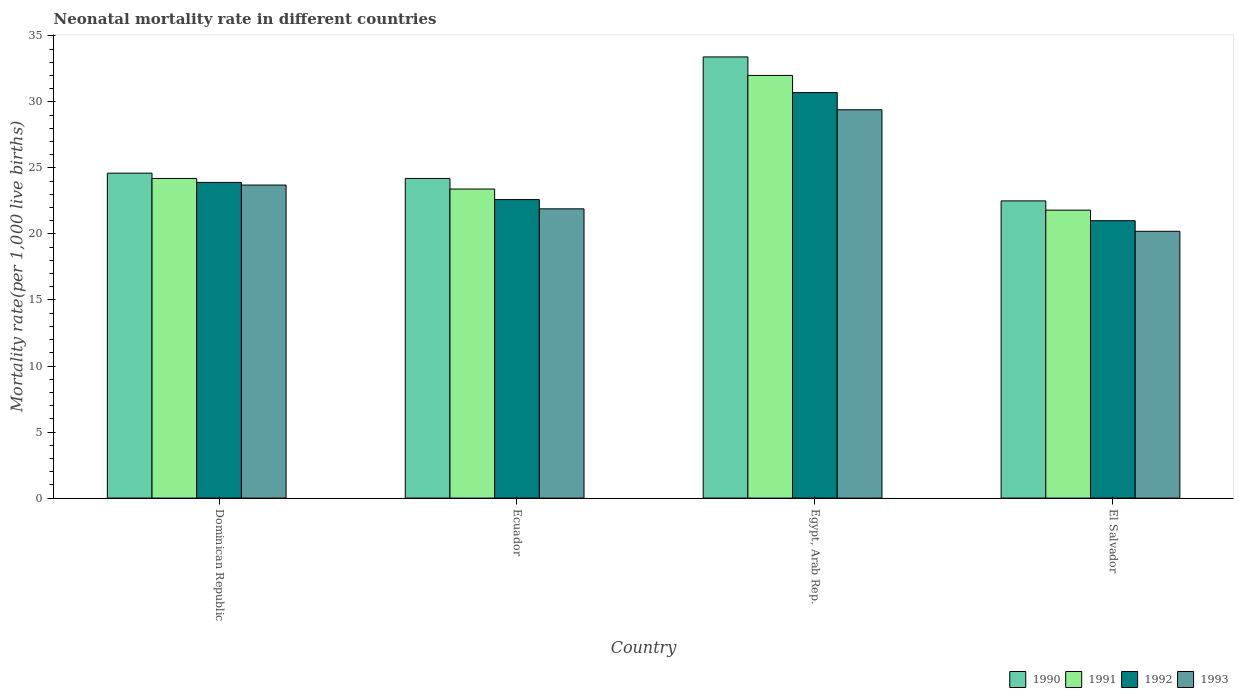
| Country | 1990 | 1991 | 1992 | 1993 |
 | --- | --- | --- | --- | --- |
 | Dominican Republic | 24.6 | 24.2 | 23.9 | 23.7 |
 | Ecuador | 24.2 | 23.4 | 22.6 | 21.9 |
 | Egypt, Arab Rep. | 33.4 | 32 | 30.7 | 29.4 |
 | El Salvador | 22.5 | 21.8 | 21 | 20.2 |